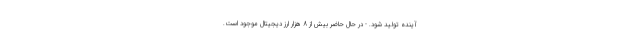
آینده تولید شود. - در حال حاضر بیش از 8 هزار ارز دیجیتال موجود است.